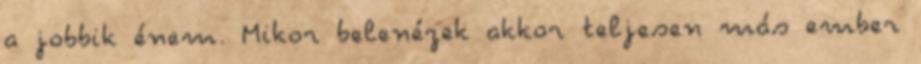
a jobbik énem. Mikor belenézek akkor teljesen más ember